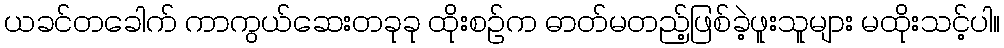
ယခင်တခေါက် ကာကွယ်ဆေးတခုခု ထိုးစဉ်က ဓာတ်မတည့်ဖြစ်ခဲ့ဖူးသူများ မထိုးသင့်ပါ။